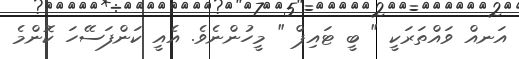
އަނއް ވައްތަރަކީ " ބީ ޓައިޕް " މީހުންނެވެ. އެއީ ކަންފަސޭހަ ކޮންމެ